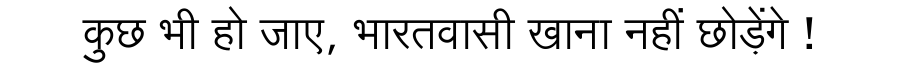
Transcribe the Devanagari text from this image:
कुछ भी हो जाए, भारतवासी खाना नहीं छोड़ेंगे !